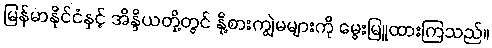
မြန်မာနိုင်ငံနှင့် အိန္ဒိယတို့တွင် နို့စားကျွဲမများကို မွေးမြူထားကြသည်။